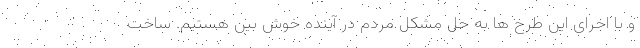
و با اجرای این طرح ها به حل مشکل مردم در آینده خوش بین هستیم. ساخت